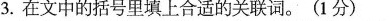
3.在文中的括号里填上合适的关联词。(1分)